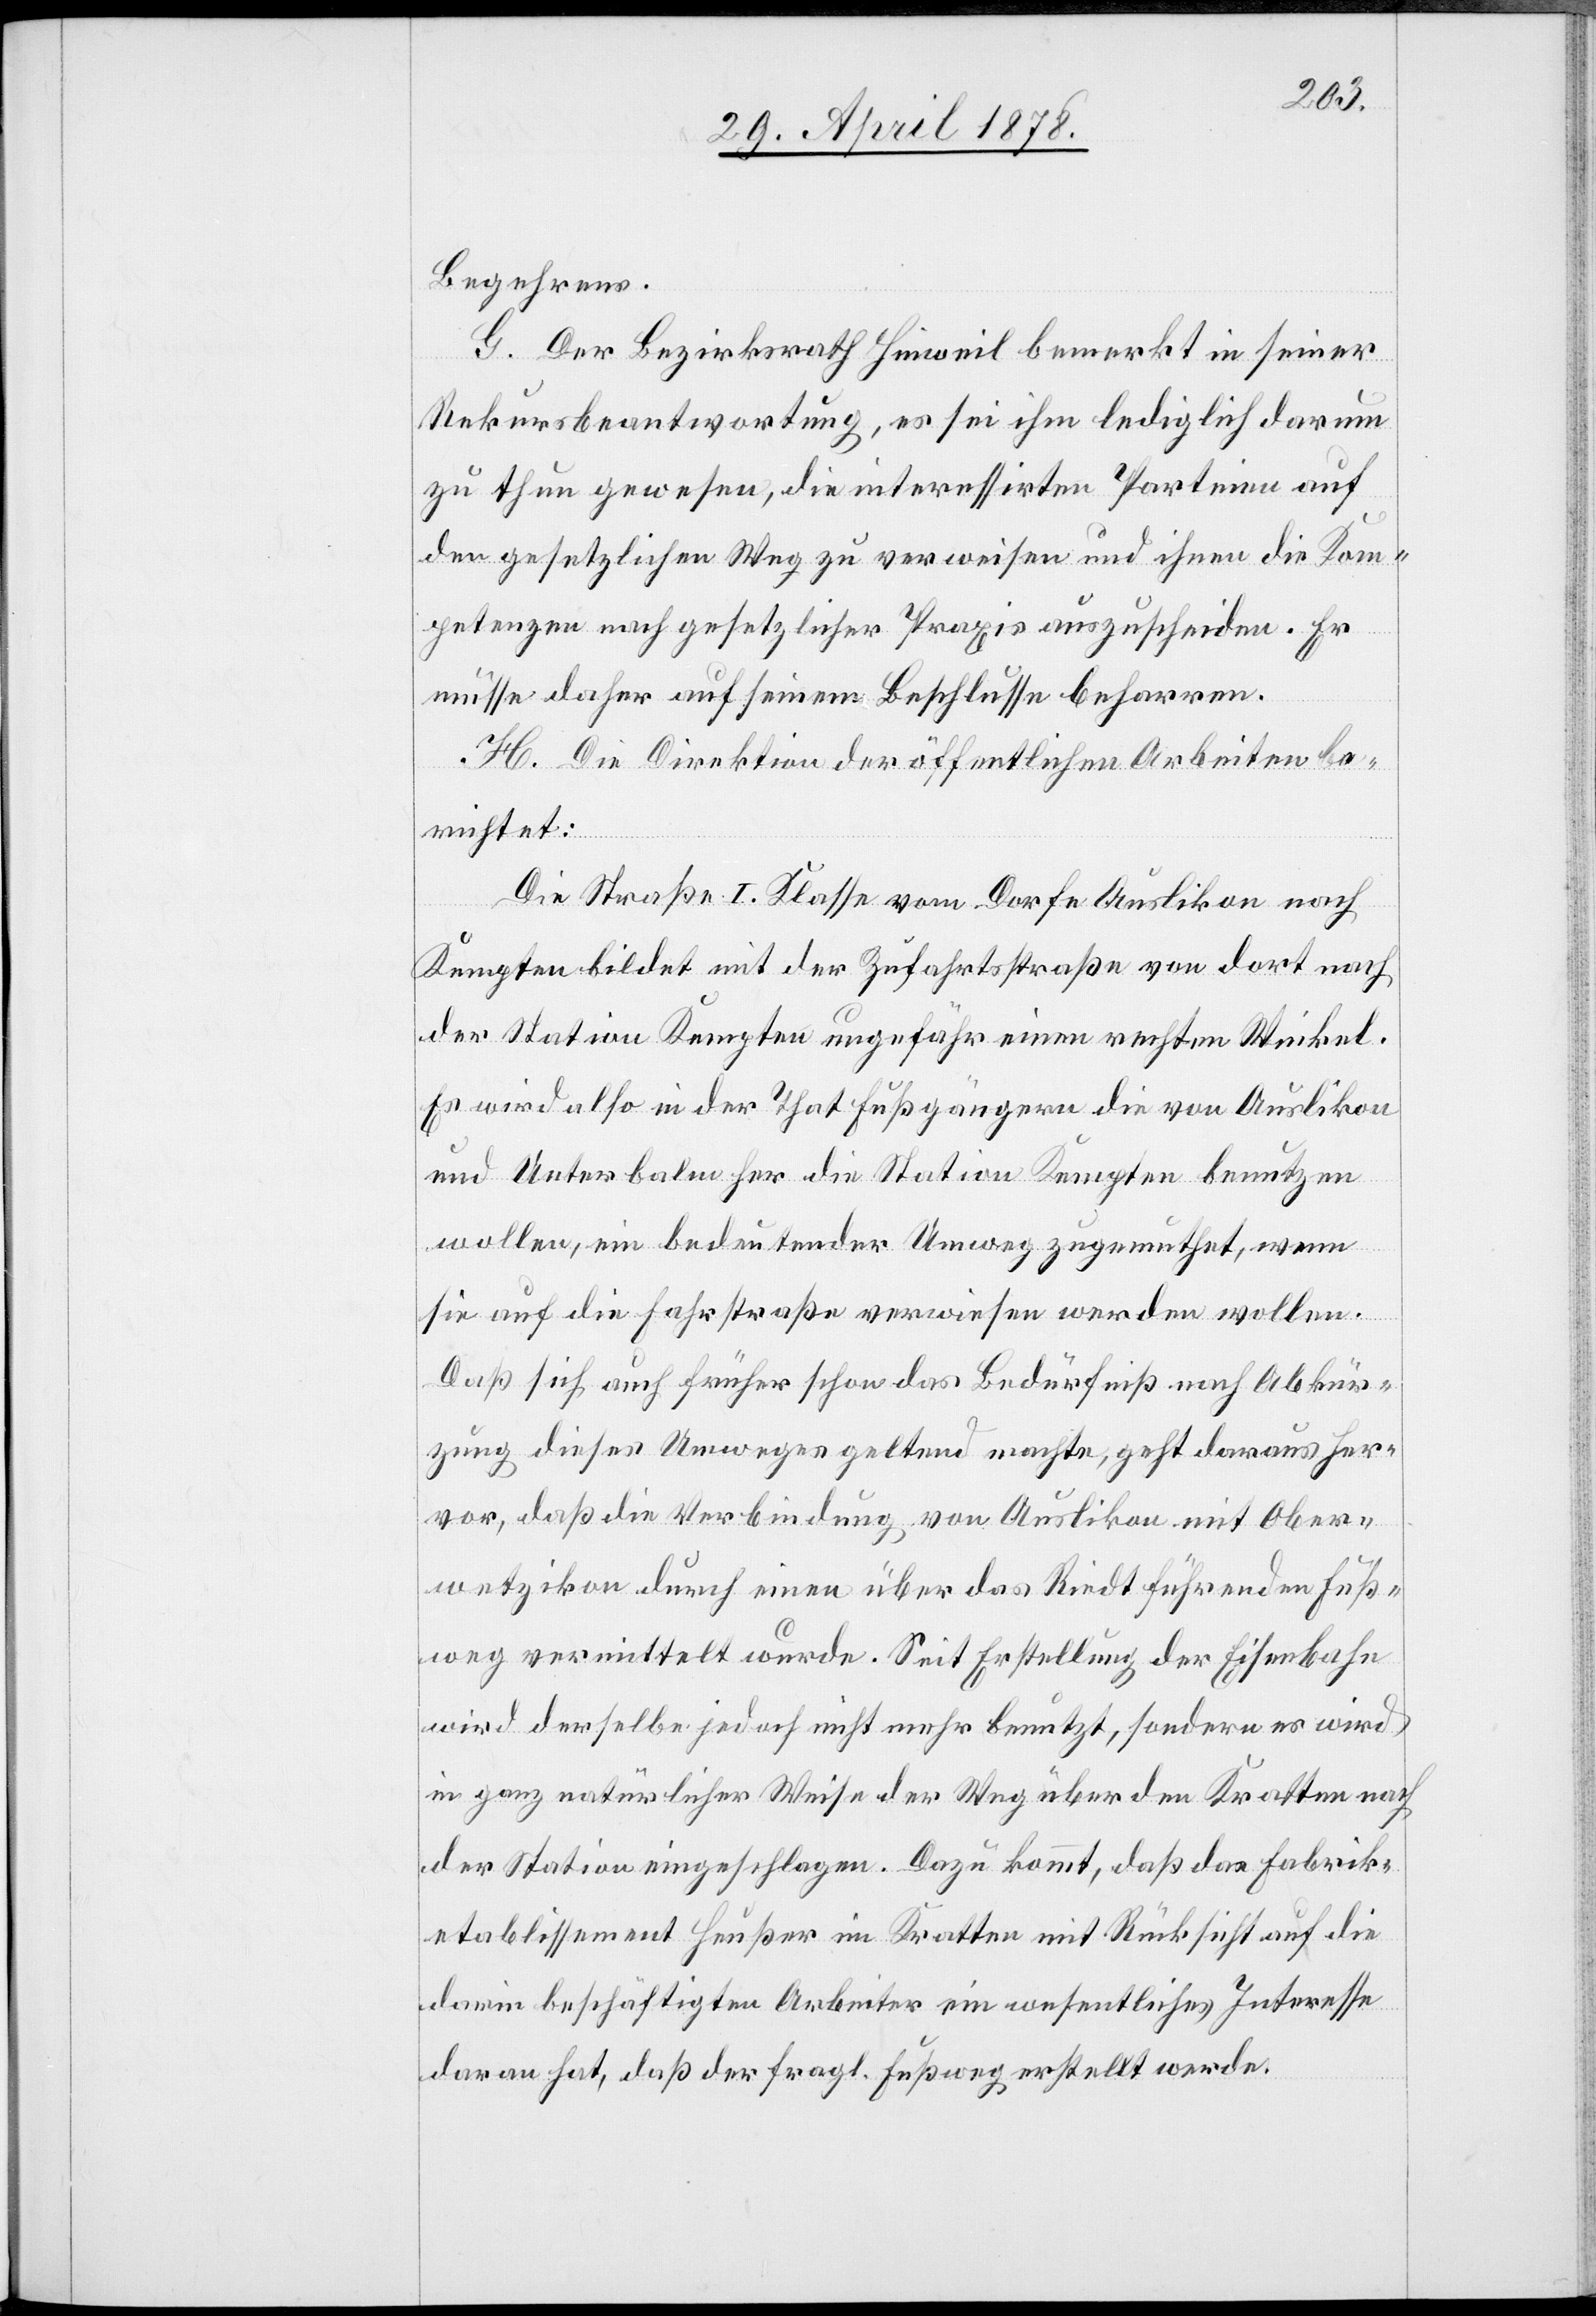
Begehrens.
G. Der Bezirksrath Hinweil bemerkt in seiner
Rekursbeantwortung, es sei ihm lediglich darum
zu thun gewesen, die interessirten Parteien auf
den gesetzlichen Weg zu verweisen und ihnen die Kom¬
petenzen nach gesetzlicher Praxis auszuscheiden. Er
müsse daher auf seinem Beschlusse beharren.
H. Die Direktion der öffentlichen Arbeiten be¬
richtet:
Die Straße I. Klasse vom Dorfe Auslikon nach
Kempten bildet mit der Zufahrtsstraße von dort nach
der Station Kempten ungefähr einen rechten Winkel.
Es wird also in der That Fußgängern die von Auslikon
und Unterbalm her die Station Kempten benützen
wollen, ein bedeutender Umweg zugemuthet, wenn
sie auf die Fahrstraße verwiesen werden wollen.
Daß sich auch früher schon das Bedürfniß nach Abkür¬
zung dieses Umweges geltend machte, geht daraus her¬
vor, daß die Verbindung von Auslikon mit Ober¬
wetzikon durch einen über das Riedt führenden Fuß¬
weg vermittelt wurde. Seit Erstellung der Eisenbahn
wird derselbe jedoch nicht mehr benutzt, sondern es wird
in ganz natürlicher Weise der Weg über den Kratten nach
der Station eingeschlagen. Dazu kommt, daß das Fabrik¬
etablissement Heußer im Kratten mit Rücksicht auf die
darin beschäftigten Arbeiter ein wesentliches Interesse
daran hat, daß der fragl. Fußweg erstellt werde.